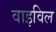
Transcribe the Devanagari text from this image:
वाइविल